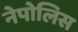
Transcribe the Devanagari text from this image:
नेपोलिस